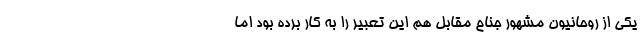
یکی از روحانیون مشهور جناح مقابل هم این تعبیر را به کار برده بود اما